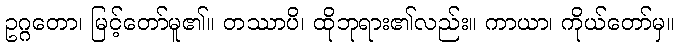
ဥဂ္ဂတော၊ မြင့်တော်မူ၏။ တဿာပိ၊ ထိုဘုရား၏လည်း။ ကာယာ၊ ကိုယ်တော်မှ။